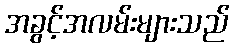
အခွင့်အလမ်းများသည်